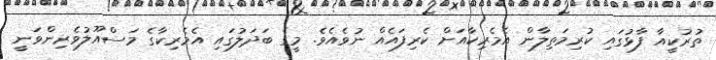
ތުރުކީއާ ފާޅުގައި ކުރިމަތިލާން އެމެރިކާއަށް ކެރިފައެއް ނުވެއެވެ. މީގެ ބަދަލުގައި އެމެރިކާގެ މަސްއޫލުވެރިންވަނީ